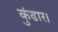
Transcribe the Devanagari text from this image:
कुंढार।